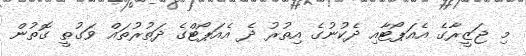
މި ޖަޒީރާގެ އެއަޕޯޓާއި ދެކުނުގެ އިތުރު ދެ އެއަޕޯޓްގެ ދަތުރުތައް ވަގުތީ ގޮތުން